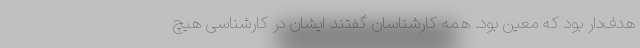
هدف‌دار بود که معین بود. همه کارشناسان گفتند ایشان در کارشناسی هیچ